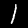
Label: 1